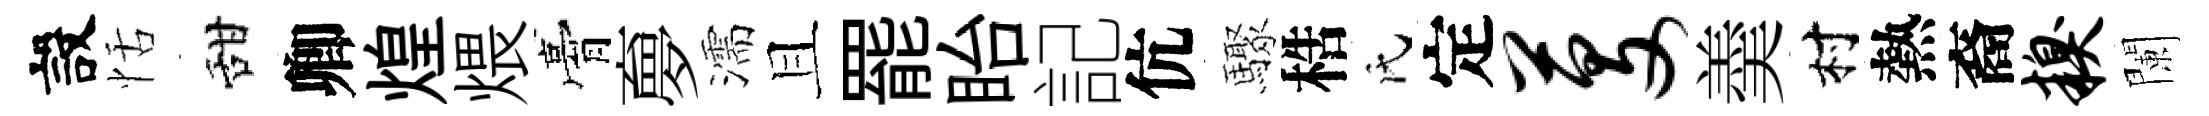
設恬甜卿煌煨膏夣濡且罷眙記伉驟梏氏定芟羮村熱裔糗闌